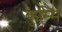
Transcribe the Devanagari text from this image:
कुम्मि